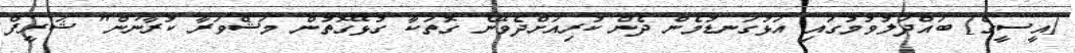
[އީސީގެ] ބައްދަލުވުމުގައި އަޅުގަނޑުމެން ދެން ކުރިއަށްދެވޭނެ ގޮތަކާ ގުޅޭގޮތުން މަޝްވަރާ ކުރާނަން" ޝަރީފް